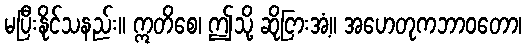
မပြီးနိုင်သနည်း။ ဣတိစေ၊ ဤသို့ ဆိုငြားအံ့။ အဟေတုကဘာဝတော၊